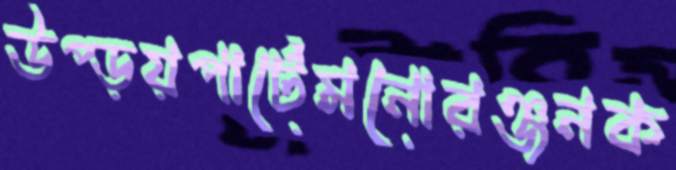
উপ্‌ড়য়পার্টেমনোরঞ্জনক